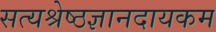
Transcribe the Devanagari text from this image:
सत्यश्रेष्ठज्ञानदायकम